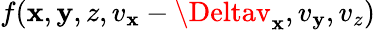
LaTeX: f(\mathbf{x},\mathbf{y},z,v_{\mathbf{x}}-\Deltav_{\mathbf{x}},v_{\mathbf{y}},v_{z})